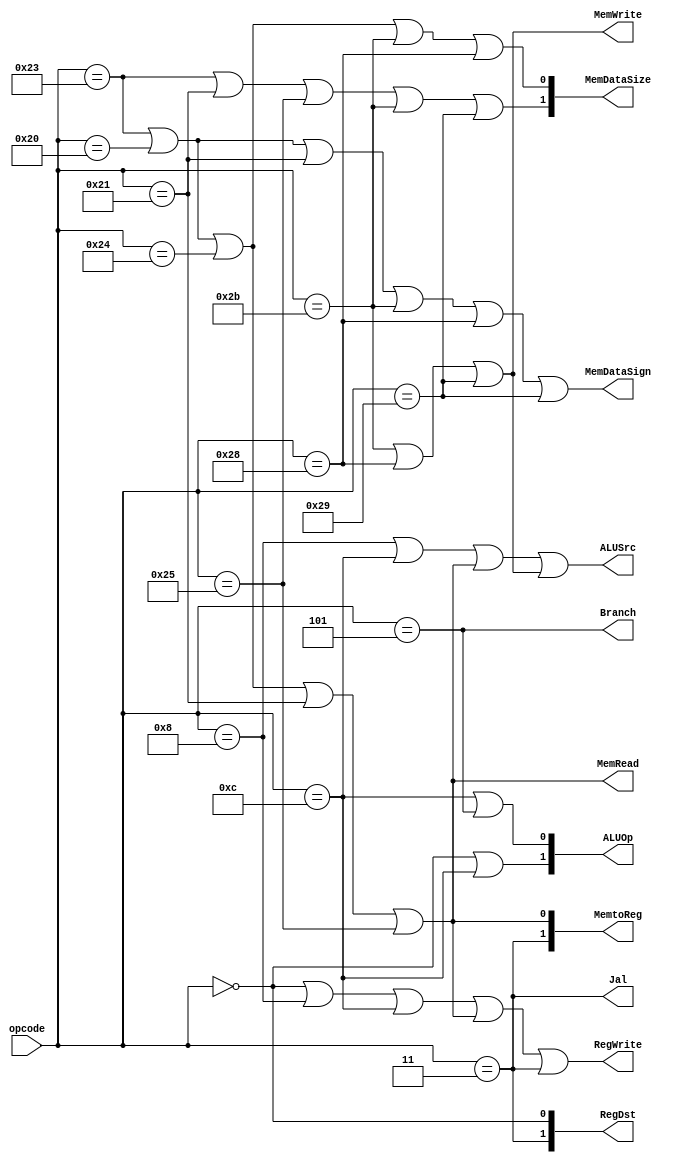
module Control(opcode, RegDst, Branch, MemRead, MemtoReg, ALUOp, MemWrite, ALUSrc, RegWrite, Jal, MemDataSize, MemDataSign);
  input [5:0] opcode;
  output wire RegWrite, Branch, ALUSrc, MemRead, MemWrite, Jal, MemDataSign;
  output wire [1:0] ALUOp, RegDst, MemtoReg, MemDataSize;
  
  parameter [5:0]
    RFORMAT = 6'd0,
    ADDI = 6'd8,
    ANDI = 6'd12,
    LW = 6'd35,
    LB = 6'b100000,
    LBU = 6'b100100,
    LH = 6'b100001,
    LHU = 6'b100101,
    SW = 6'd43,
    SB = 6'b101000,
    SH = 6'b101001,
    BEQ = 6'd5,
    JAL = 6'd3;

  wire LOAD = (opcode == LW || opcode == LB || opcode == LBU || opcode == LH || opcode == LHU);
  wire STORE = (opcode == SW || opcode == SB || opcode == SH);

  assign Jal = (opcode == JAL);
  assign Branch = (opcode == BEQ);
  assign MemRead = LOAD;
  assign MemWrite = STORE;
  assign ALUSrc = (opcode == ADDI || opcode == ANDI || LOAD || STORE);
  assign RegDst[1] = (opcode == JAL);
  assign RegDst[0] = (opcode == RFORMAT);
  assign MemtoReg[1] = (opcode == JAL);
  assign MemtoReg[0] = LOAD;
  assign RegWrite = (opcode == RFORMAT || opcode == ADDI || opcode == ANDI || LOAD || opcode == JAL);
  assign ALUOp[1] = (opcode == RFORMAT || opcode == ANDI);
  assign ALUOp[0] = (opcode == ANDI || opcode == BEQ);
  assign MemDataSign = (opcode == LW || opcode == LB || opcode == LH || opcode == SW || opcode == SB || opcode == SH);
  assign MemDataSize[1] = (opcode == LW || opcode == LH || opcode == LHU || opcode == SW || opcode == SH);
  assign MemDataSize[0] = (opcode == LW || opcode == LB || opcode == LBU || opcode == SW || opcode == SB);

endmodule

module Control_testbench();
  reg [5:0] opcode;
  wire RegWrite, Branch, ALUSrc, MemRead, MemWrite, Jal, MemDataSign;
  wire [1:0] ALUOp, RegDst, MemtoReg, MemDataSize;

  Control control(opcode, RegDst, Branch, MemRead, MemtoReg, ALUOp, MemWrite, ALUSrc, RegWrite, Jal, MemDataSize, MemDataSign);

  parameter [5:0]
    RFORMAT = 6'd0,
    ADDI = 6'd8,
    ANDI = 6'd12,
    LW = 6'd35,
    SW = 6'd43,
    BEQ = 6'd4,
    JAL = 6'd3;

  initial begin
    # 10 opcode = RFORMAT;
    # 10 opcode = ADDI;
    # 10 opcode = ANDI;
    # 10 opcode = LW;
    # 10 opcode = SW;
    # 10 opcode = BEQ;
    # 10 opcode = JAL;
    # 10 $finish;
  end

  initial begin
    $dumpfile("Control_testbench.vcd");
    $dumpvars(0, Control_testbench);
  end
endmodule